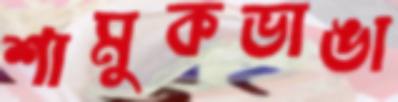
শামুকভাঙা